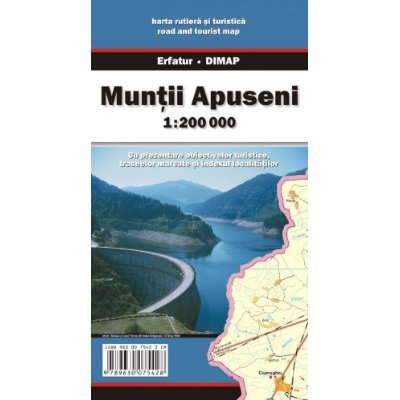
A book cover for Western Transylvania Mountains (Romania) (Apuseni Mountains, ErdÃ©lyi SzigethegysÃ©g) 1:200,000 Touring Map DIMAP; Dimap; Travel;